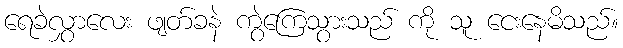
ရေခဲလွှာလေး ဖျတ်ခနဲ ကွဲကြေသွားသည် ကို သူ ငေးနေမိသည်။